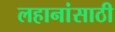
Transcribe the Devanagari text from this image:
लहानांसाठी